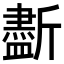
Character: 𣃏